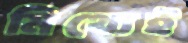
মিথ্যেই